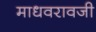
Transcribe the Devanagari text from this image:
माधवरावजी